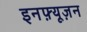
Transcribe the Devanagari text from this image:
इनफ़्यूज़न